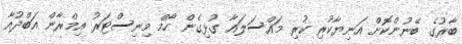
ބާރުގެ ބޭނުންކޮށް އަނިޔާކުރި ކުރި މައްސަލައާ ގުޅިގެން ހޯމް މިނިސްޓަރު އިމްރާން އަބްދުއާ